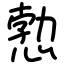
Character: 愂